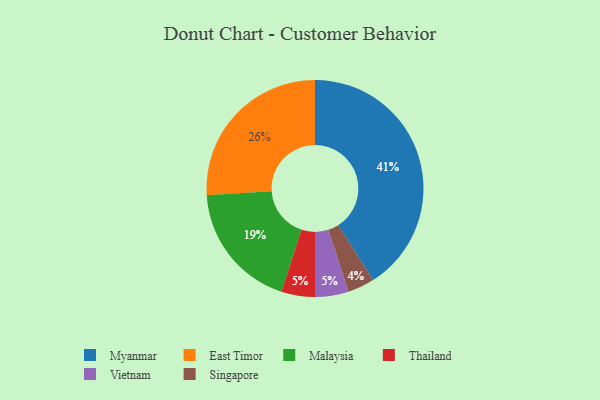
{"axis": {"x": "Category", "y": "Percentage"}, "legend": ["East Timor", "Malaysia", "Myanmar", "Singapore", "Thailand", "Vietnam"], "data": [{"x": "Singapore", "y": 4, "type": "Singapore"}, {"x": "Thailand", "y": 5, "type": "Thailand"}, {"x": "Vietnam", "y": 5, "type": "Vietnam"}, {"x": "Myanmar", "y": 41, "type": "Myanmar"}, {"x": "Malaysia", "y": 19, "type": "Malaysia"}, {"x": "East Timor", "y": 26, "type": "East Timor"}]}